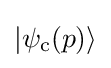
|\psi _{\mathrm {c} }(p)\rangle